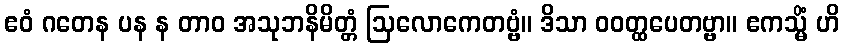
ဧဝံ ဂတေန ပန န တာဝ အသုဘနိမိတ္တံ ဩလောကေတဗ္ဗံ။ ဒိသာ ဝဝတ္ထပေတဗ္ဗာ။ ဧကသ္မိံ ဟိ